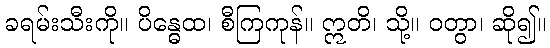
ခရမ်းသီးကို။ ပိန္ဓေထ၊ စီကြကုန်။ ဣတိ၊ သို့။ ဝတွာ၊ ဆို၍။